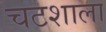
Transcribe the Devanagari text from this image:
चटशाला